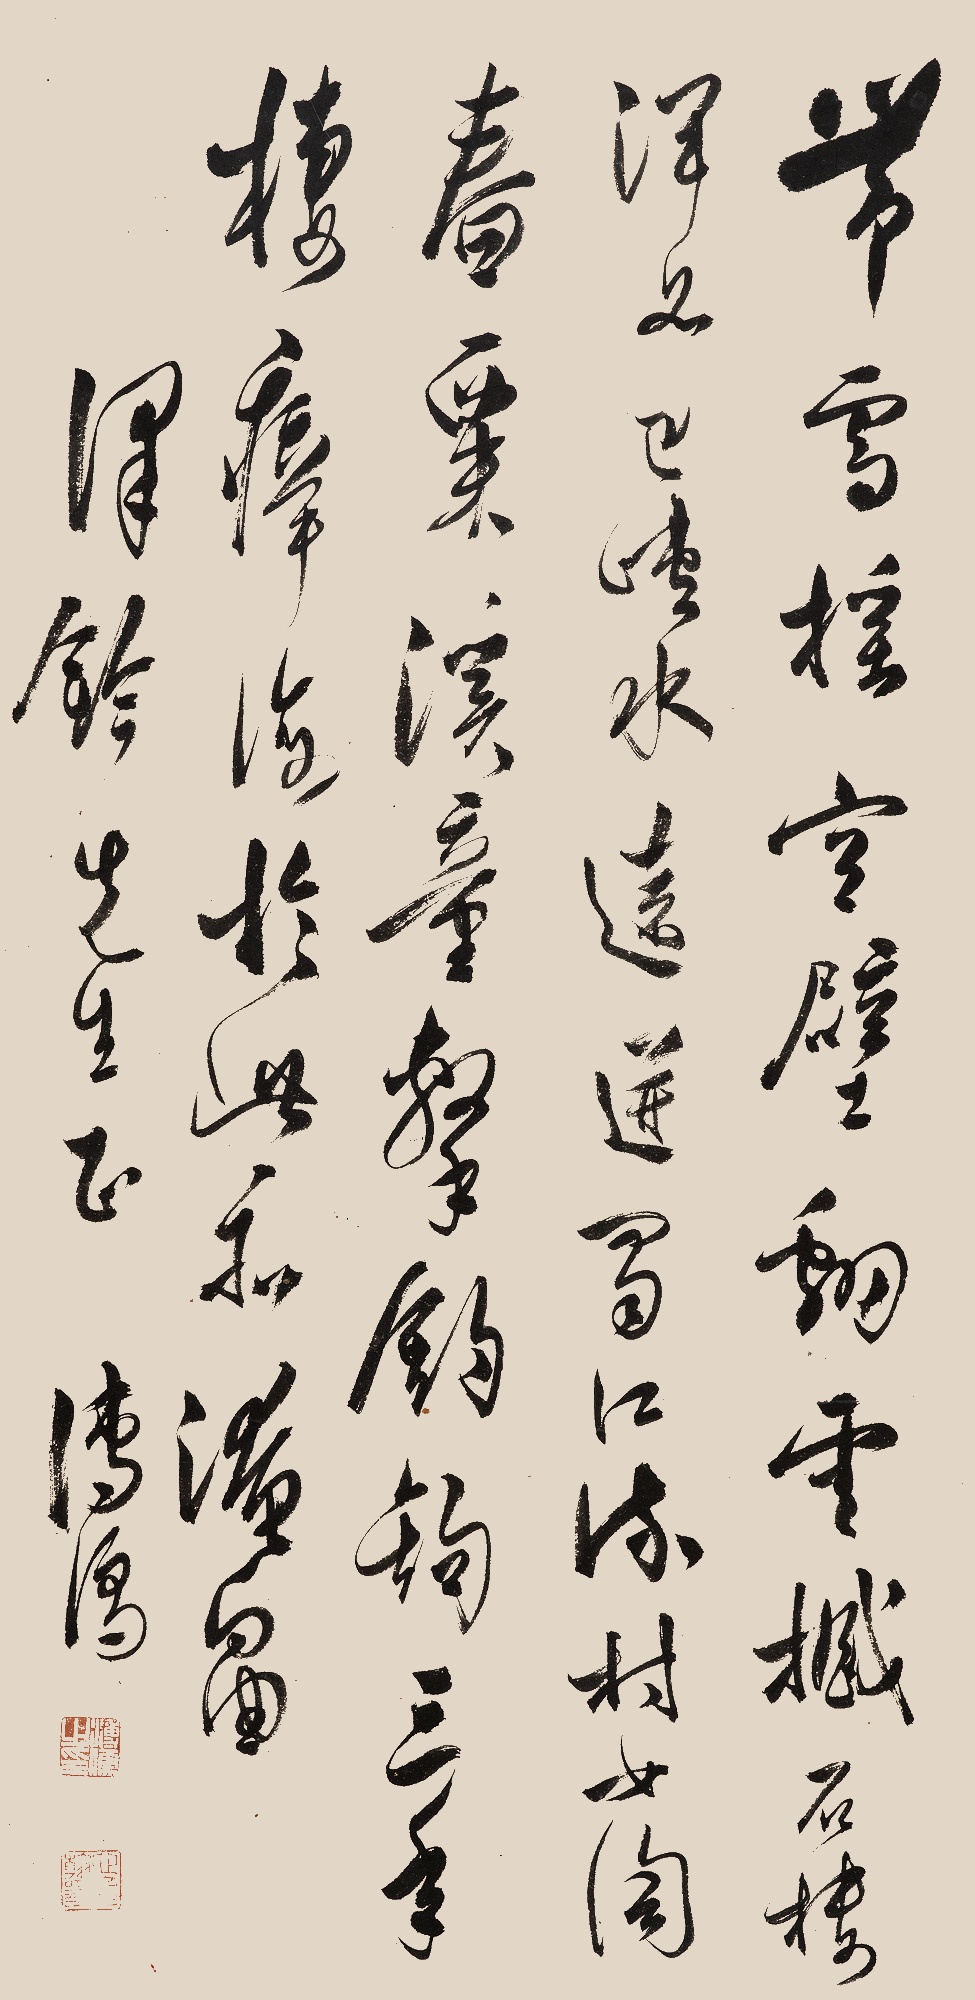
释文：带雪摇空壁，翻云撼石楼。浑如巴峡水，远迸蜀江流。村女淘春粟，溪童系钓钩。三年栖瘴海，于此亦淹留。泽钤先生正。溥儒。